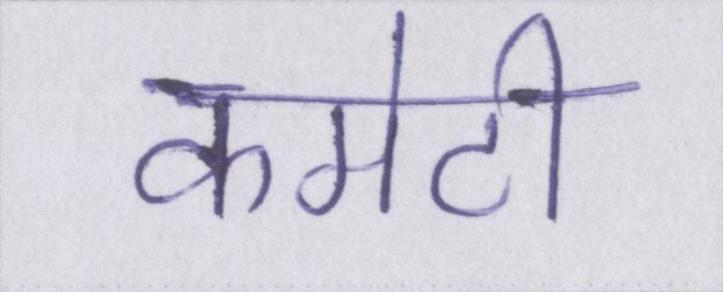
कमेटी